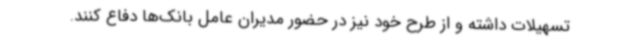
تسهیلات داشته و از طرح خود نیز در حضور مدیران عامل بانک‌ها دفاع کنند.